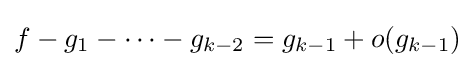
f-g_{1}-\cdots -g_{k-2}=g_{k-1}+o(g_{k-1})